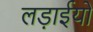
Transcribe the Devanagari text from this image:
लड़ाईयो